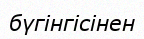
бүгінгісінен